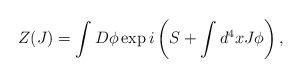
LaTeX: \begin{align*}Z(J)= \int D\phi \exp i \left(S+ \int d^4 x J \phi\right), \end{align*}